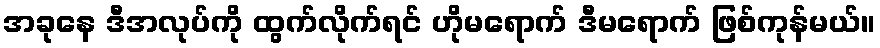
အခုနေ ဒီအလုပ်ကို ထွက်လိုက်ရင် ဟိုမရောက် ဒီမရောက် ဖြစ်ကုန်မယ်။